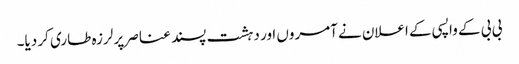
بی بی کے واپسی کے اعلان نے آمروں اور دہشت پسند عناصر پر لرزہ طاری کر دیا۔